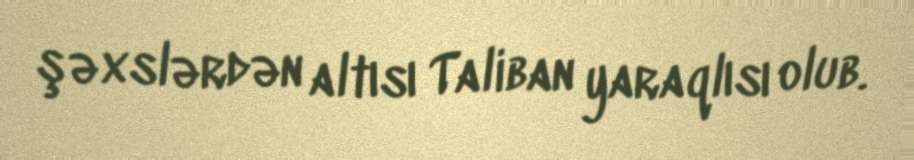
şəxslərdən altısı Taliban yaraqlısı olub.